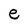
Character: e